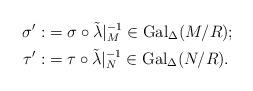
LaTeX: \begin{align*}\sigma': &=\sigma\circ\tilde{\lambda}|_M^{-1}\in\mathrm{Gal}_\Delta(M/R); \quad \\ \tau': &=\tau\circ\tilde{\lambda}|_N^{-1}\in\mathrm{Gal}_\Delta(N/R).\end{align*}